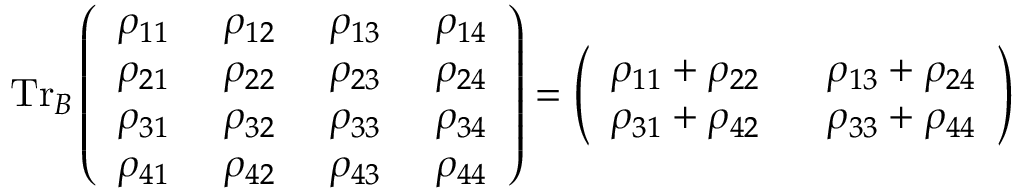
\mathrm { T r } _ { B } \left( \begin{array} { l l l l } { \rho _ { 1 1 } ~ } & { \rho _ { 1 2 } ~ } & { \rho _ { 1 3 } ~ } & { \rho _ { 1 4 } } \\ { \rho _ { 2 1 } ~ } & { \rho _ { 2 2 } ~ } & { \rho _ { 2 3 } ~ } & { \rho _ { 2 4 } } \\ { \rho _ { 3 1 } ~ } & { \rho _ { 3 2 } ~ } & { \rho _ { 3 3 } ~ } & { \rho _ { 3 4 } } \\ { \rho _ { 4 1 } ~ } & { \rho _ { 4 2 } ~ } & { \rho _ { 4 3 } ~ } & { \rho _ { 4 4 } } \end{array} \right) = \left( \begin{array} { l l } { \rho _ { 1 1 } + \rho _ { 2 2 } ~ ~ } & { \rho _ { 1 3 } + \rho _ { 2 4 } } \\ { \rho _ { 3 1 } + \rho _ { 4 2 } ~ ~ } & { \rho _ { 3 3 } + \rho _ { 4 4 } } \end{array} \right)